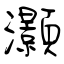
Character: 灝